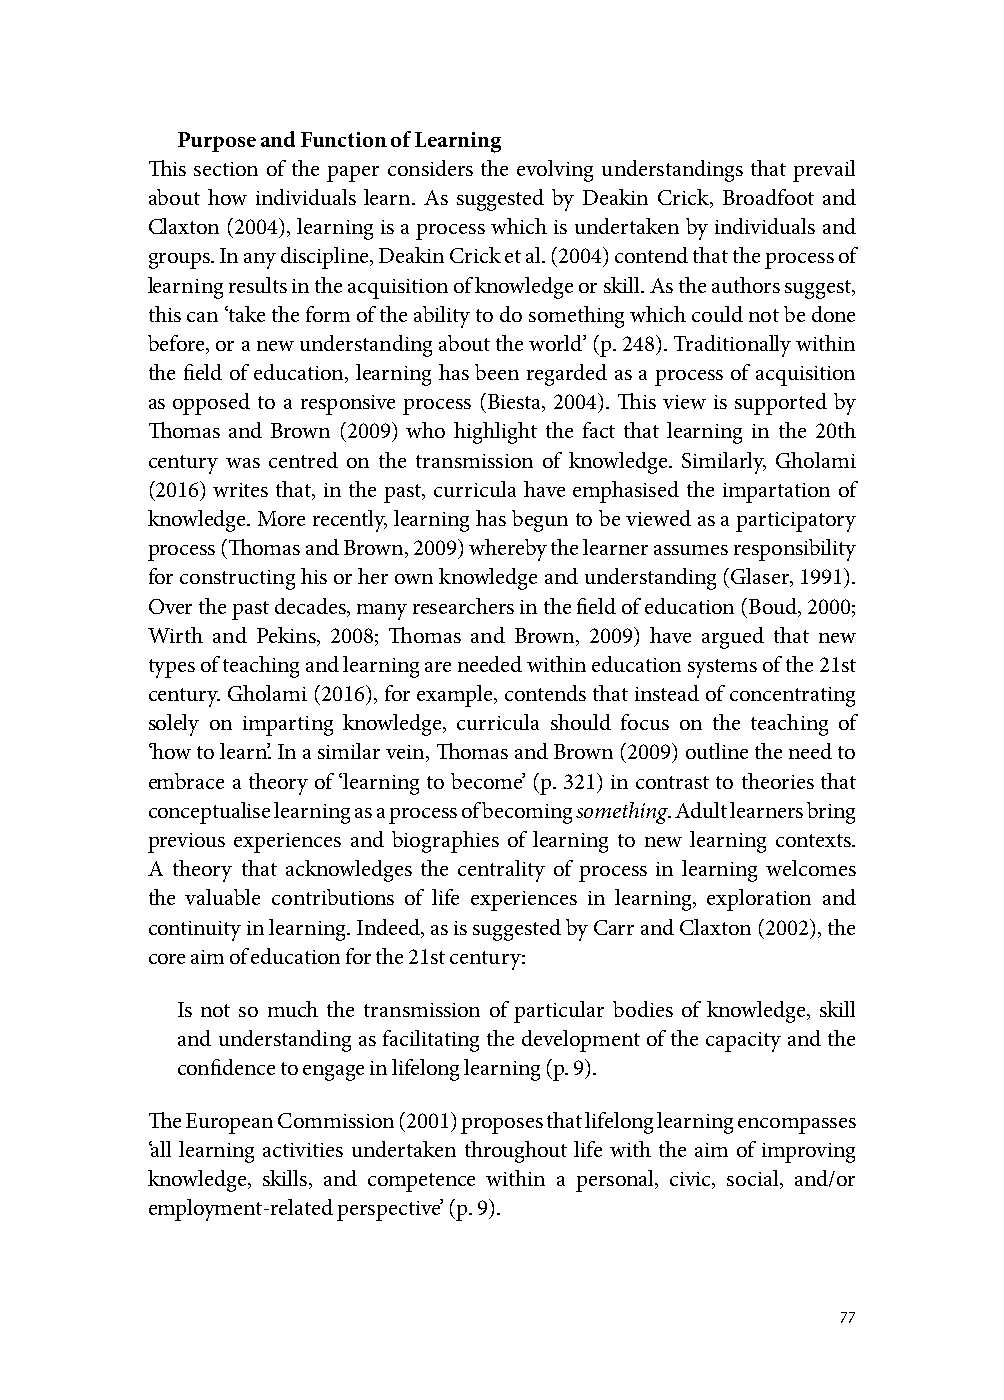
Purpose and Function of Learning
 This section of the paper considers the evolving understandings that prevail
 about how individuals learn. As suggested by Deakin Crick, Broadfoot and
 Claxton (2004), learning is a process which is undertaken by individuals and
 groups. In any discipline, Deakin Crick et al. (2004) contend that the process of
 learning results in the acquisition of knowledge or skill. As the authors suggest,
 this can ‘take the form of the ability to do something which could not be done
 before, or a new understanding about the world’ (p. 248). Traditionally within
 the field of education, learning has been regarded as a process of acquisition
 as opposed to a responsive process (Biesta, 2004). This view is supported by
 Thomas and Brown (2009) who highlight the fact that learning in the 20th
 century was centred on the transmission of knowledge. Similarly, Gholami
 (2016) writes that, in the past, curricula have emphasised the impartation of
 knowledge. More recently, learning has begun to be viewed as a participatory
 process (Thomas and Brown, 2009) whereby the learner assumes responsibility
 for constructing his or her own knowledge and understanding (Glaser, 1991).
 Over the past decades, many researchers in the field of education (Boud, 2000;
 Wirth and Pekins, 2008; Thomas and Brown, 2009) have argued that new
 types of teaching and learning are needed within education systems of the 21st
 century. Gholami (2016), for example, contends that instead of concentrating
 solely on imparting knowledge, curricula should focus on the teaching of
 ‘how to learn’. In a similar vein, Thomas and Brown (2009) outline the need to
 embrace a theory of ‘learning to become’ (p. 321) in contrast to theories that
 conceptualise learning as a process of becoming something. Adult learners bring
 previous experiences and biographies of learning to new learning contexts.
 A theory that acknowledges the centrality of process in learning welcomes
 the valuable contributions of life experiences in learning, exploration and
 continuity in learning. Indeed, as is suggested by Carr and Claxton (2002), the
 core aim of education for the 21st century:
 Is not so much the transmission of particular bodies of knowledge, skill
 and understanding as facilitating the development of the capacity and the
 confidence to engage in lifelong learning (p. 9).
 The European Commission (2001) proposes that lifelong learning encompasses
 ‘all learning activities undertaken throughout life with the aim of improving
 knowledge, skills, and competence within a personal, civic, social, and/or
 employment-related perspective’ (p. 9).
 77